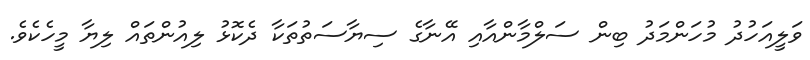
ވަލީއަހުދު މުހަންމަދު ބިން ސަލްމާންއާއި އޭނާގެ ސިޔާސަތުތަކާ ދެކޮޅު ލިއުންތައް ލިޔާ މީހެކެވެ.